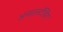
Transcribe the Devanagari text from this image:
अन्डरस्टँडिंग